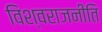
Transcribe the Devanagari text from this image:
विश्वराजनीति